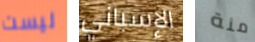
ليست الإسباني منة